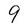
Character: 9